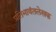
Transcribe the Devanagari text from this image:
प्रतिभावंतलेखक